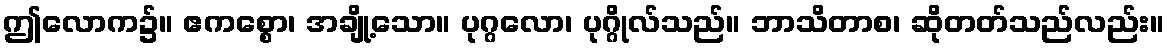
ဤလောက၌။ ဧကစ္စော၊ အချို့သော။ ပုဂ္ဂလော၊ ပုဂ္ဂိုလ်သည်။ ဘာသိတာစ၊ ဆိုတတ်သည်လည်း။